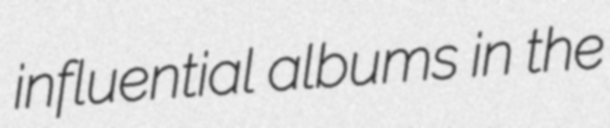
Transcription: influential albums in the